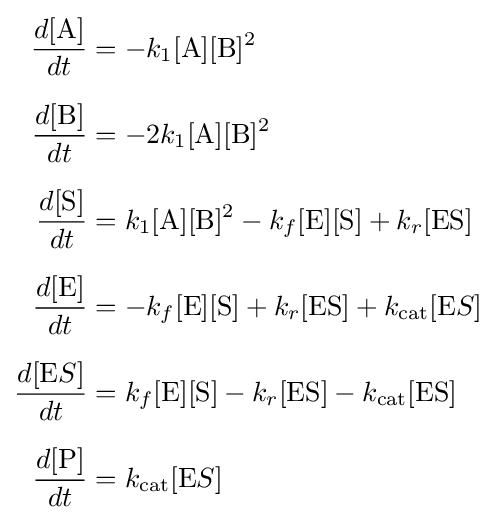
{\begin{aligned}{\frac {d[{\ce {A}}]}{dt}}&=-k_{1}[{\ce {A}}][{\ce {B}}]^{2}\\[6pt]{\frac {d[{\ce {B}}]}{dt}}&=-2k_{1}[{\ce {A}}][{\ce {B}}]^{2}\\[6pt]{\frac {d[{\ce {S}}]}{dt}}&=k_{1}[{\ce {A}}][{\ce {B}}]^{2}-k_{f}[{\ce {E}}][{\ce {S}}]+k_{r}[{\ce {ES}}]\\[6pt]{\frac {d[{\ce {E}}]}{dt}}&=-k_{f}[{\ce {E}}][{\ce {S}}]+k_{r}[{\ce {ES}}]+k_{\ce {cat}}[{\ce {E}}S]\\[6pt]{\frac {d[{\ce {E}}S]}{dt}}&=k_{f}[{\ce {E}}][{\ce {S}}]-k_{r}[{\ce {ES}}]-k_{\ce {cat}}[{\ce {ES}}]\\[6pt]{\frac {d[{\ce {P}}]}{dt}}&=k_{\ce {cat}}[{\ce {E}}S]\end{aligned}}